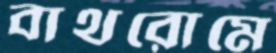
বাথরোমে